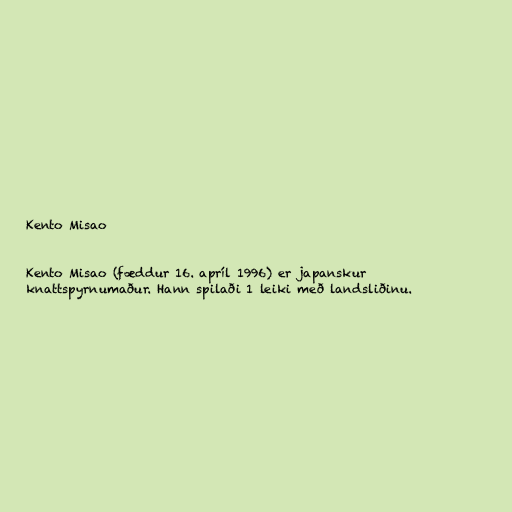
Kento Misao

Kento Misao (fæddur 16. apríl 1996) er japanskur
knattspyrnumaður. Hann spilaði 1 leiki með landsliðinu.